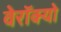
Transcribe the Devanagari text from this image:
वेरॉक्यो